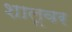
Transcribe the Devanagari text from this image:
शालूवर